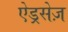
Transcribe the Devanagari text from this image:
ऐड्रसेज़